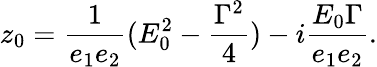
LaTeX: z_{0}=\frac{1}{e_{1}e_{2}}(E_{0}^{2}-\frac{{\Gamma}^{2}}{4})-i\frac{E_{0}{\Gamma}}{e_{1}e_{2}}.